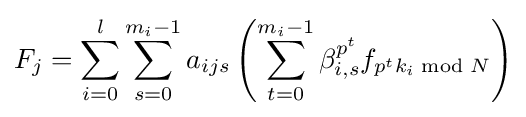
F_{j}=\sum _{i=0}^{l}\sum _{s=0}^{m_{i}-1}a_{ijs}\left(\sum _{t=0}^{m_{i}-1}\beta _{i,s}^{p^{t}}f_{p^{t}k_{i}{\bmod {N}}}\right)